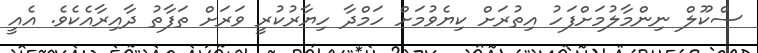
ސްކޫލް ނިންމާލުމަށްފަހު އިތުރަށް ކިޔެވުމަށް ހަމްދާ ހިޔާރުކުރީ ވަރަށް ތަފާތު ދާއިރާއެކެވެ. އެއީ